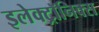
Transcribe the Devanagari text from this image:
इलेक्ट्रॉनिक्स